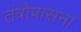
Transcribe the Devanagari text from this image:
तंत्रोपासना